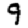
Digit: 9